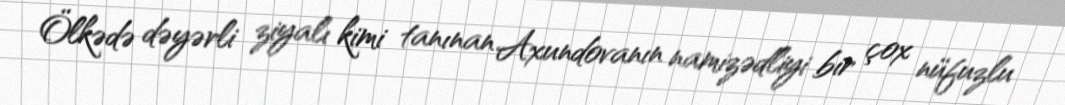
Ölkədə dəyərli ziyalı kimi tanınan Axundovanın namizədliyi bir çox nüfuzlu